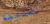
المنشفة